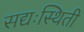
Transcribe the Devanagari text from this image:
सद्यःस्थिती